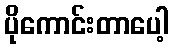
ပိုကောင်းတာပေါ့